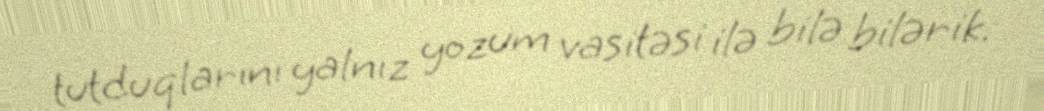
tutduqlarını yalnız yozum vasitəsi ilə bilə bilərik.